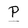
Character: P